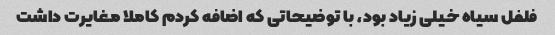
فلفل سیاه خیلی زیاد بود، با توضیحاتی که اضافه کردم کاملا مغایرت داشت